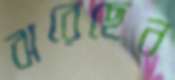
ঝরেছেন